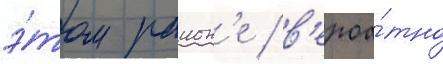
э́том раион'е / в'ероа́тно